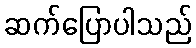
ဆက်ပြောပါသည်